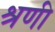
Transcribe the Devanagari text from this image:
श्रणी